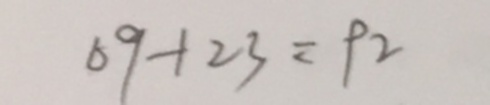
6 9 + 2 3 = 9 2